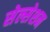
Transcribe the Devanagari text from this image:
सेल्सेशन